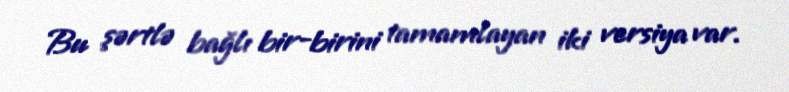
Bu şərtlə bağlı bir-birini tamamlayan iki versiya var.